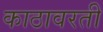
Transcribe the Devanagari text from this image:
काठावरती